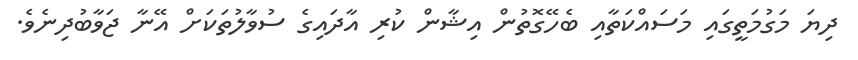
ދިޔަ މަގުމަތީގައި މަސައްކަތާއި ބެހޭގޮތުން އިޝާން ކުރި އާދައިގެ ސުވާލުތަކަށް އޭނާ ޖަވާބުދިނެވެ.